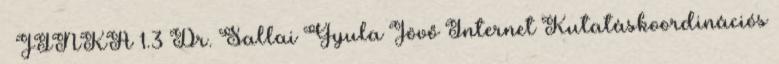
– JINKA 1.3 Dr. Sallai Gyula Jövő Internet Kutatáskoordinációs